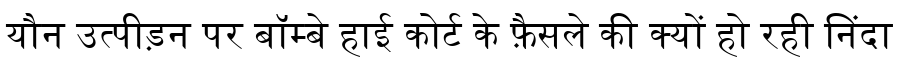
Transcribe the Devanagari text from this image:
यौन उत्पीड़न पर बॉम्बे हाई कोर्ट के फ़ैसले की क्यों हो रही निंदा